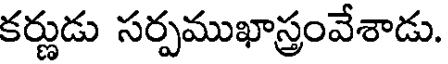
కర్ణుడు సర్పముఖాస్త్రంవేశాడు.